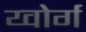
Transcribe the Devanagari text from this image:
य्वोर्ग